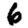
Digit: 6